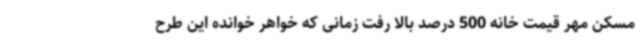
مسکن مهر قیمت خانه 500 درصد بالا رفت زمانی که خواهر خوانده این طرح